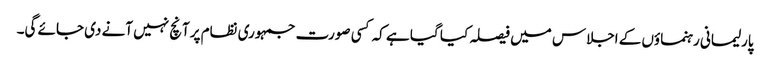
پارلیمانی رہنماؤں کے اجلاس میں فیصلہ کیا گیا ہے کہ کسی صورت جمہوری نظام پرآنچ نہیں آنے دی جائے گی۔